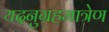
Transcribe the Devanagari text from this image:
यदनुग्रहमात्रेण